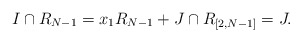
\begin{align*}I \cap R_{N-1} = x_1 R_{N-1} + J \cap R_{[2,N-1]} = J.\end{align*}